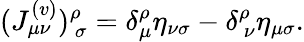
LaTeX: (J_{\mu\nu}^{(v)})_{\ \sigma}^{\rho}=\delta_{\mu}^{\rho}\eta_{\nu\sigma}-\delta_{\ \nu}^{\rho}\eta_{\mu\sigma}.